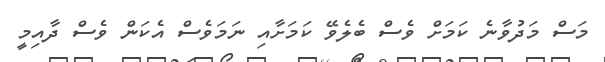
މަސް މަދުވާނެ ކަމަށް ވެސް ބެލެވޭ ކަމަށާއި ނަމަވެސް އެކަން ވެސް ދާއިމީ